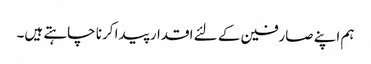
ہم اپنے صارفین کے لئے اقدار پیدا کرنا چاہتے ہیں۔